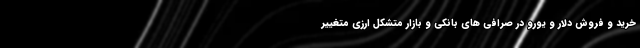
خرید و فروش دلار و یورو در صرافی های بانکی و بازار متشکل ارزی متغییر